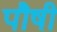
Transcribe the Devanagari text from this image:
पौषी